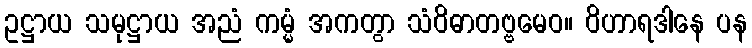
ဥဋ္ဌာယ သမုဋ္ဌာယ အညံ ကမ္မံ အကတွာ သံဝိဓာတဗ္ဗမေဝ။ ဝိဟာရဒါနေ ပန